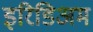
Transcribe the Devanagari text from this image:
इरिडिअम